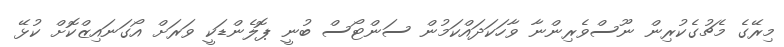
މިރޭގެ މެޗުގެކުރިން ނޫސްވެރިންނާ ވާހަކަދައްކަމުން ސަންޓޯސް ބުނީ ޕޮލެންޑަކީ ވަރަށް އޯގަނައިޒްކޮށް ކުޅޭ